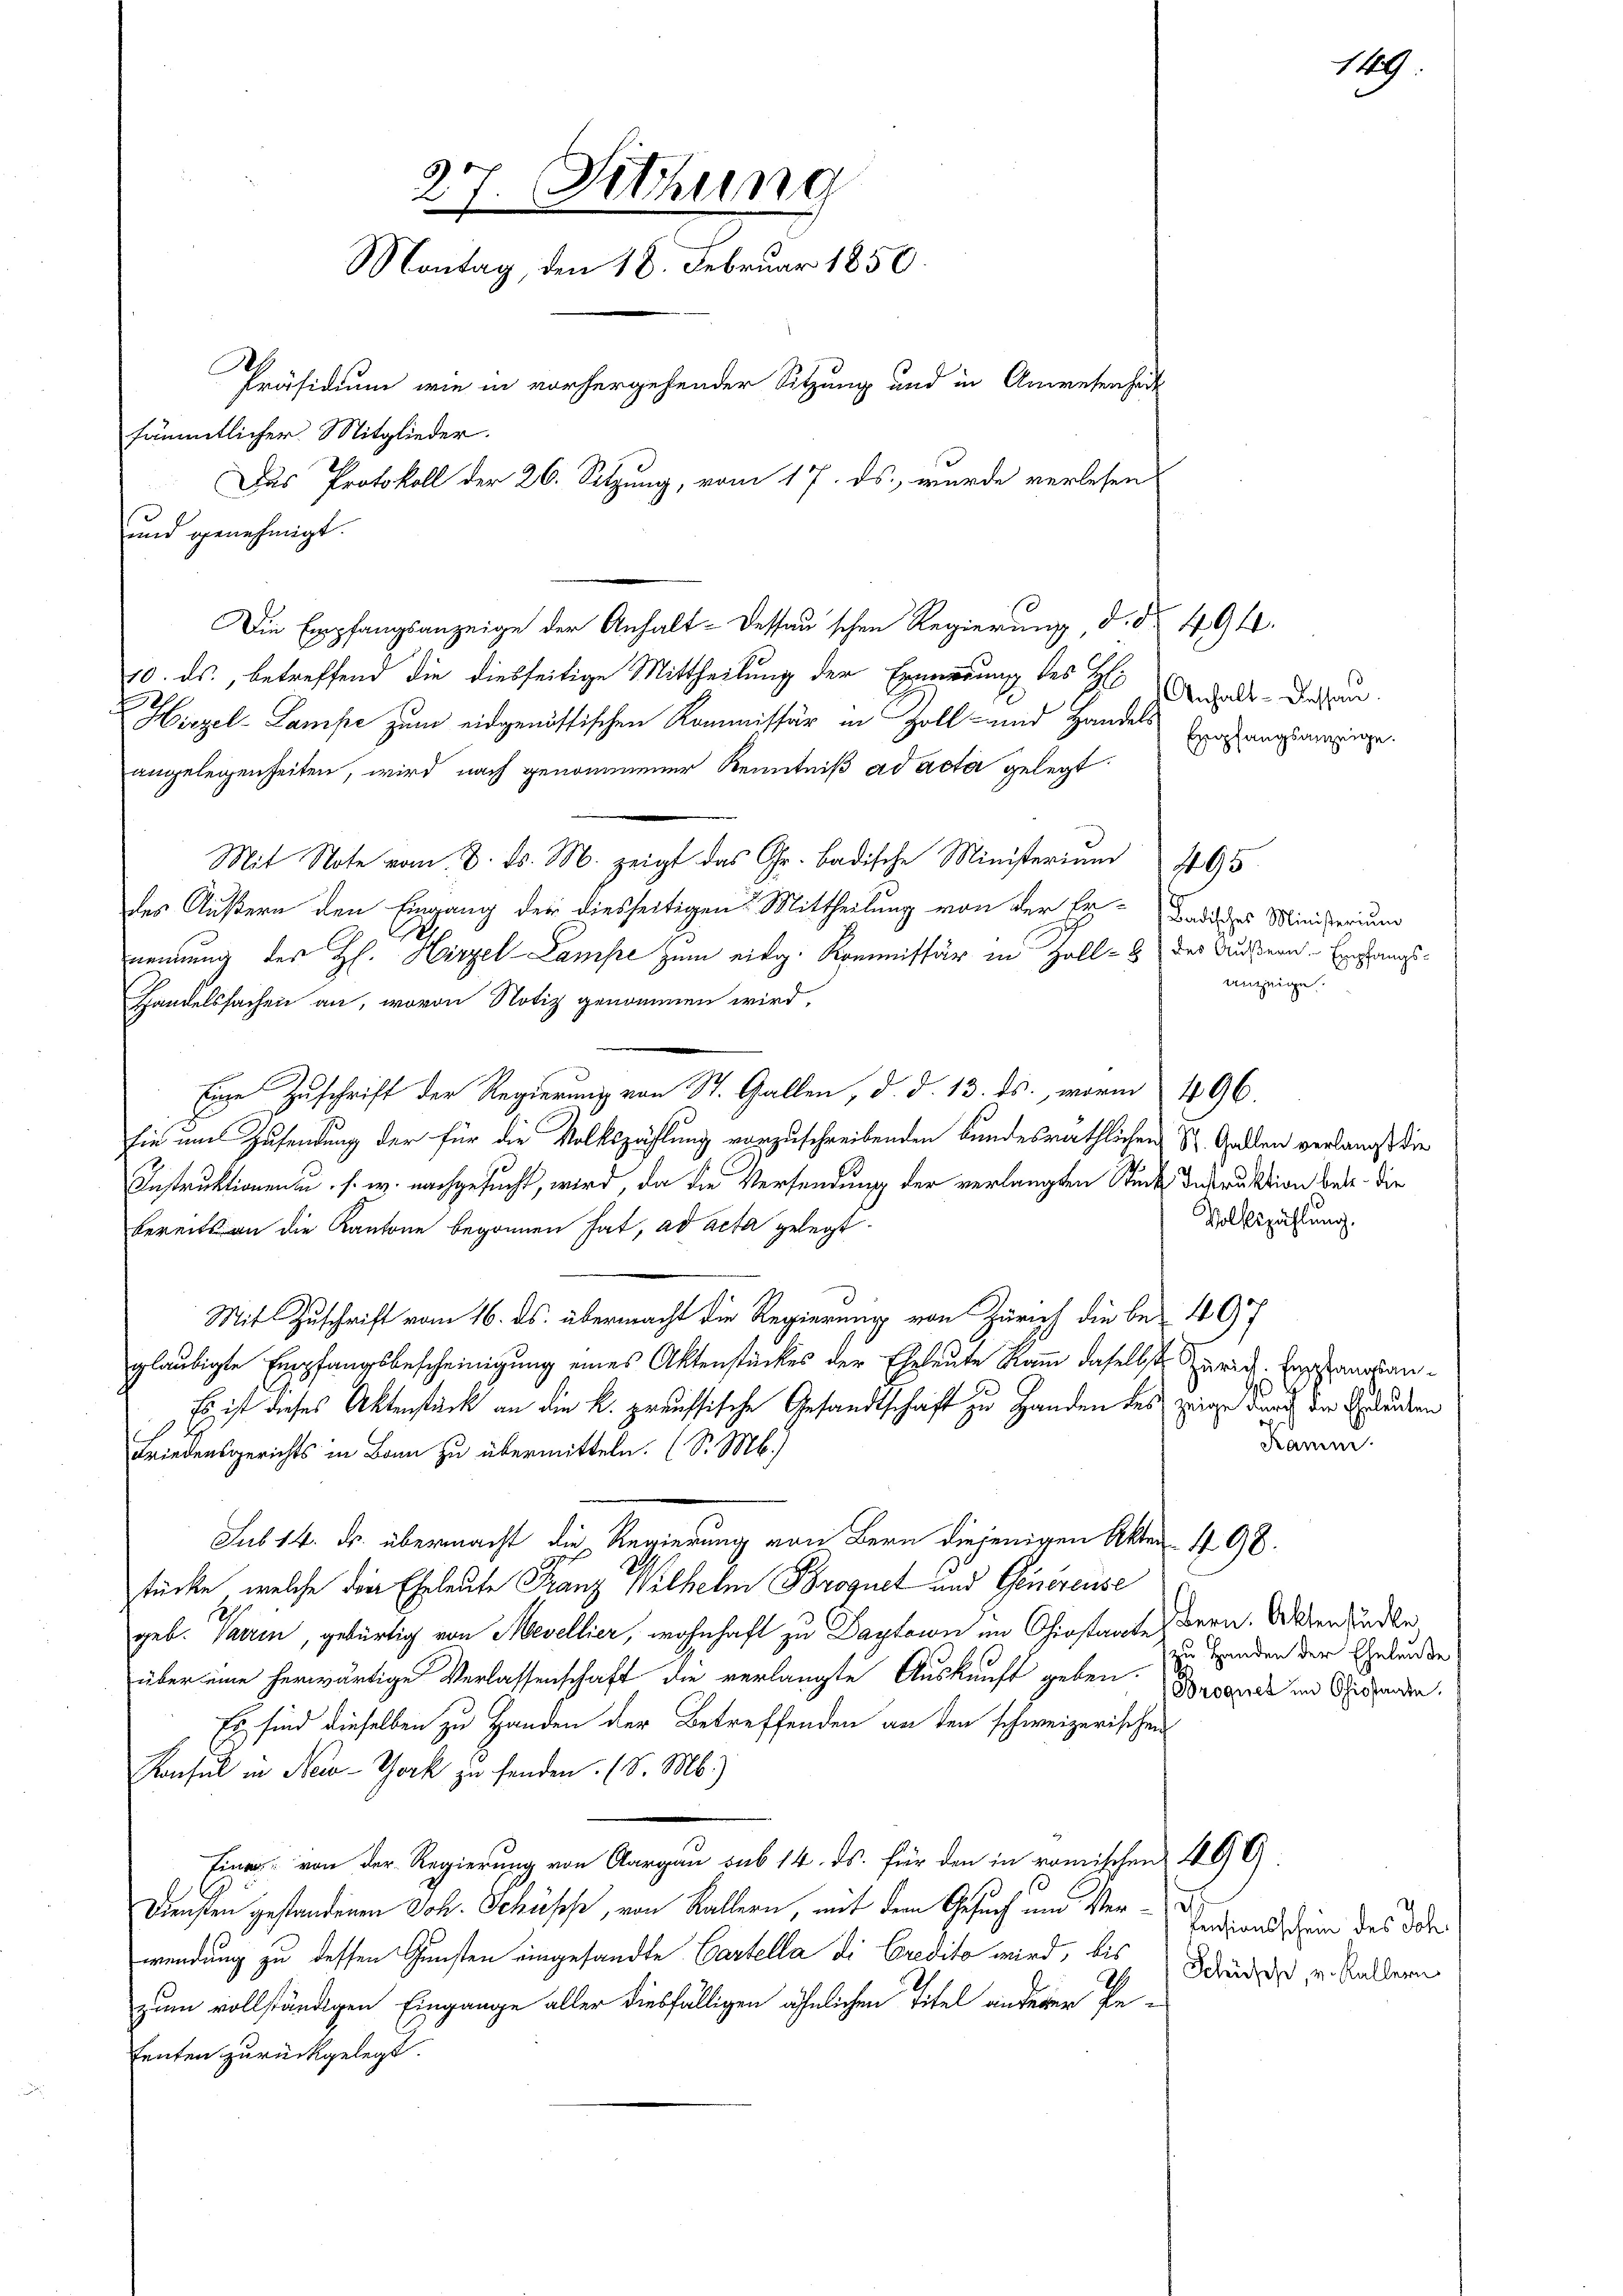
27. Sitzung
Montag, den 18. Februar 1850.
Präsidium wie in vorhergehender Sitzung und in Anwesen hätt
sämmtlicher Mitglieder.
Das Protokoll der 26. Sitzung, vom 17. ds., wurde verlesen
und genehmigt.

10. ds., betreffend die diesseitige Mittheilung der Ernierung des H: Andels-Dessen
Hirzel-Lampe zum eidgenössischen Kommissär in Zoll- und Handels Enfangereige
angelegenheiten, wird nach genommener Kenntniß ad acta gelegt
Mit Nov. M. zeigt das Gr. Badische Minister 495
des Äußern den Eingang der diesseitigen Mittheilung von der Er-Badisches Ministerium
.
nennung der H. Hirzel-Lampe zum eidg. Kommissär in Holl- & der Äußern Empfangs-
Handelssachen an, wovon Notiz genommen wird,
sie um Zusendung der für die Volkszählung vorzuschreibenden bundesräthlichen St. Gallen verlangt die
Instruktionen u. s. w. nachgesucht, wird, da die Versendung der verlangten Stück destruktion betr. die
bereits an die Kantone begonnen hat, ad acta gelegt.
Mit Zuschrift vom 16. ds. übermacht die Regierung von Zürich die be- 497
gläubigte Empfangsbescheinigung eines Aktenstückes der Eheleute kam daselbst Zürich. Empfangsan¬
Es ist dieses Aktenstück an die k. preussische Gesandtschaft zu Handen des zeige Nach der Grunden
Friedensgerichts in Bann zu übermitteln. (S. Mb.)
Sub 14. ds. übermacht die Regierung von Bern diejenigen Akten 498.
tücke, welche die Eheleute Franz Wilhelm Broguet und Genereise
geb. Paren, gebürtig von Mevellier, wohnhaft zu Daptawn im Ohiostante Bern. Waren kindle
über eine herwärtige Verlassenschaft die verlangte Auskunft geben. Decanus im Gestande
Es sind dieselben zu Handen der Betreffenden an den schweizerischen
Konsul in New-York zu senden. (S. M.)
Eine von der Regierung von Aargau sub 14. ds. für den in römischen 499
s
s
Diensten gestandenen Joh. Schüsse, von Kallern, mit dem Gesuch und Ver-
wendung zu dessen Gunsten eingesandte Cartella di Credito wird, bis
zum vollständigen Eingange aller diesfälligen ähnlichen Titel anderer Ge-
tenten zurückgelegt.

.
Eine Zuschrift der Regierung von St. Gallen, d. d. 13. ds., worin 196.

Die Empfangsanzeige der Anhalt-Dessan'schen Regierung d. Nr. 494.

anzeige.

Volkszählung.

Kamm

e

19.

zu Handen der Eheleute

Pensionsschein des Joh.
Schüsch, v. Kallern